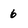
Character: 6